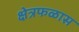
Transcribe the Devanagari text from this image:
क्षेत्रफळास